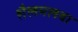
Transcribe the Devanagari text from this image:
शैलमलबा